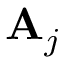
{ \bf A } _ { j }